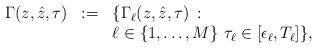
LaTeX: \begin{align*}\begin{array}{lll}\Gamma(z,\hat{z},\tau) & := & \{\Gamma_{\ell}(z,\hat{z},\tau)\,:\\ & & \ell\in\{1,\ldots,M\}\,\,\tau_{\ell}\in[\epsilon_\ell,T_{\ell}]\},\end{array}\end{align*}